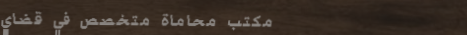
مكتب محاماة متخصص في قضاي